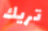
تريك